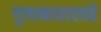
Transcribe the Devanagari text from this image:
गुणाकाराएवढे